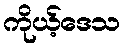
ကိုယ့်ဒေသ